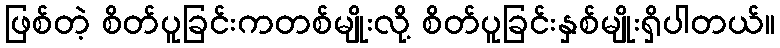
ဖြစ်တဲ့ စိတ်ပူခြင်းကတစ်မျိုးလို့ စိတ်ပူခြင်းနှစ်မျိုးရှိပါတယ်။